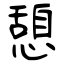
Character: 憩